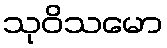
သုဝိသမော